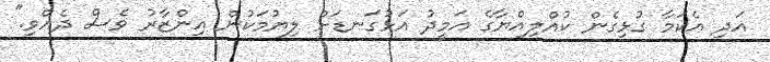
އަދި އެކަމާ ގުޅިގެން ކުއްލިއްޔާގެ އަމީދު އަޅުގަނޑަށް ލިޔުމަކުން އިންޒާރު ވެސް ދެއްވި."